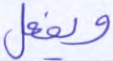
ويفعل